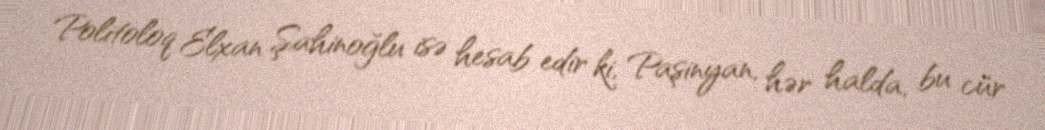
Politoloq Elxan Şahinoğlu isə hesab edir ki, Paşinyan, hər halda, bu cür